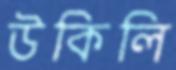
উকিলি